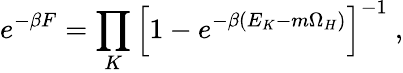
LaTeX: e^{-\beta F}=\prod_{K}\left[1-e^{-\beta(E_{K}-m\Omega_{H})}\right]^{-1}~,